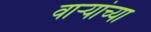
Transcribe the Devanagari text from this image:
वार्‍यांच्या